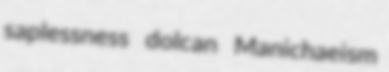
saplessness dolcan Manichaeism